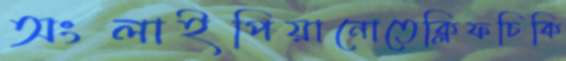
অংলাইপিয়ানোতেক্লিফচিকি